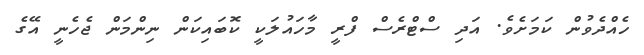
ހެއްދެވުން ކަމަށެވެ. އަދި ސްޓްރެސް ފްރީ މާހައުލަކީ ކޮބައިކަަން ނިންމަން ޖެހެނީ އޭގެ